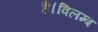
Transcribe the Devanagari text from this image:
है।विलम्ब